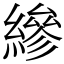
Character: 縿